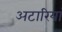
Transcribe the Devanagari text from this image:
अटारियां